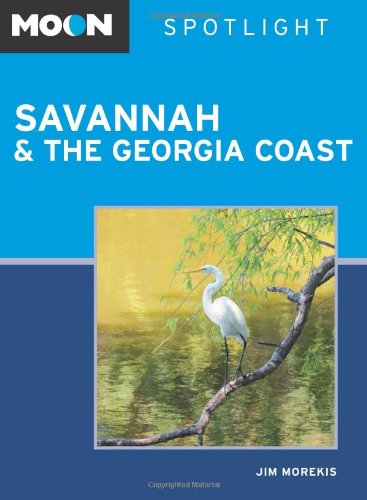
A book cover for Moon Spotlight Savannah & the Georgia Coast; Jim Morekis; Travel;